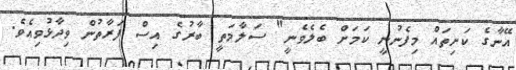
އޭނާގެ ކަށިތައް މިފެނުނީ ކަމަށް ބެލެވެނީ" ސަލާމަތީ ބާރުގެ އިސް ފަރާތުން ވިދާޅުވިއެވެ.